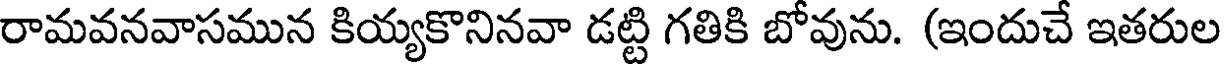
రామవనవాసమున కియ్యకొనినవా డట్టి గతికి బోవును. (ఇందుచే ఇతరుల